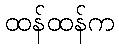
ထန်ထန်က